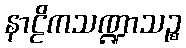
နာဠိကသဏ္ဍာသဉ္စ